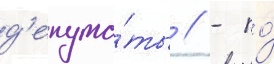
д'епута́ты / - по́